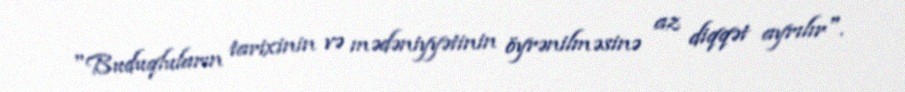
"Buduqluların tarixinin və mədəniyyətinin öyrənilməsinə az diqqət ayrılır".